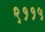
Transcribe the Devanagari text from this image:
९११५